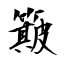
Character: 簸